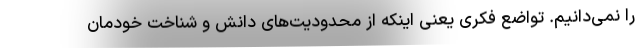
را نمی‌دانیم. تواضع فکری یعنی اینکه از محدودیت‌های دانش و شناخت خودمان